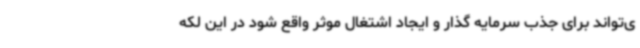
ی‌تواند برای جذب سرمایه گذار و ایجاد اشتغال موثر واقع شود در این لکه